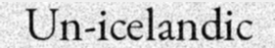
Un-icelandic